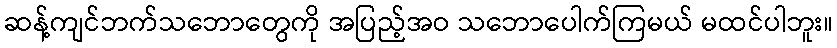
ဆန့်ကျင်ဘက်သဘောတွေကို အပြည့်အဝ သဘောပေါက်ကြမယ် မထင်ပါဘူး။